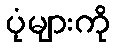
ပုံများကို